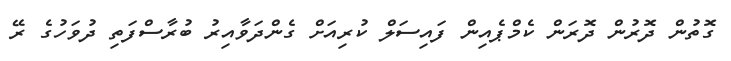
ގޮތުން ދޮރުން ދޮރަން ކެމްޕެއިން ފައިސަލް ކުރިއަށް ގެންދަވާއިރު ބުރާސްފަތި ދުވަހުގެ ރޭ